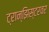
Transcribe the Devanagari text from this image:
ट्रान्झिस्टरवर